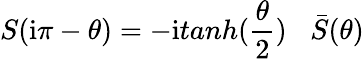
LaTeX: S(\mathrm{i}\pi-\theta)=-\mathrm{i}tanh(\frac{\theta}{2})\; \; \; \bar{S}(\theta)